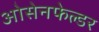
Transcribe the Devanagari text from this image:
ओसेनफेल्डर